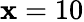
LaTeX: \mathbf{x}=10